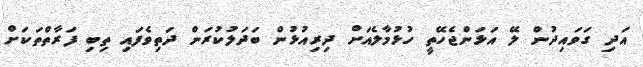
އަދި ގަވައިދުން ލޭ އަޅަންޖެހޭތީ ހުޅުމާލެއަށް ދިރިއުޅުން ބަދަލުކުރަން ދަތިވެފައި ތިބި ފަރާތްތަކަށް